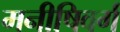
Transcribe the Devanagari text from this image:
मनीषिवर्ग